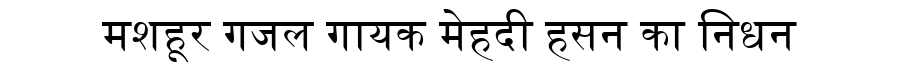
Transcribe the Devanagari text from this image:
मशहूर गजल गायक मेहदी हसन का निधन